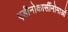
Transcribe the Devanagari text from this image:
एडीनोकार्सीनोमाओं